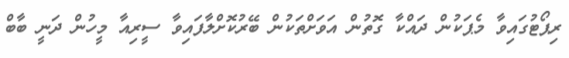
ރިޕޯޓުގައިވާ މެޕަކުން ދައްކާ ގޮތުން އަވަށްތަކުން ބޭރުކޮށްލާފައިވާ ސީރިއާ މީހުން ދަނީ ބާބް